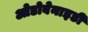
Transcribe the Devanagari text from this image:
ओडोबेनाइडी